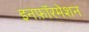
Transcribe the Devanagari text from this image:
इनफ़ॉरमेशन